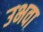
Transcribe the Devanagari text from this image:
उभवा